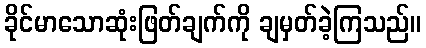
ခိုင်မာသောဆုံးဖြတ်ချက်ကို ချမှတ်ခဲ့ကြသည်။